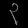
Digit: ၃